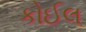
કોઈલ